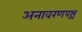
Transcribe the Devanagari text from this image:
अनावरणपश्च